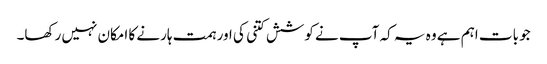
جو بات اہم ہے وہ یہ کہ آپ نے کوشش کتنی کی اور ہمت ہارنے کا امکان نہیں رکھا۔